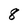
Character: 8